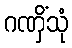
ဂဏှိံသုံ